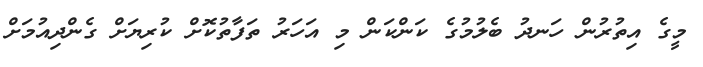
މީގެ އިތުރުން ހަނދު ބެލުމުގެ ކަންކަން މި އަހަރު ތަފާތުކޮށް ކުރިޔަށް ގެންދިއުމަށް